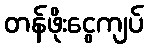
တန်ဖိုးငွေကျပ်